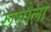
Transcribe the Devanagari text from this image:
रूसोला